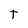
Character: T